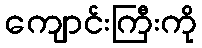
ကျောင်းကြီးကို